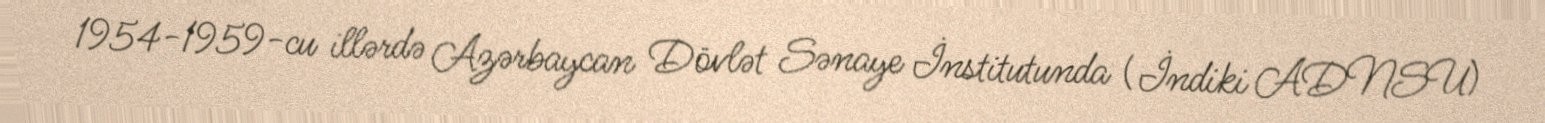
1954-1959-cu illərdə Azərbaycan Dövlət Sənaye İnstitutunda (İndiki ADNSU)